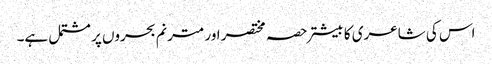
اس کی شاعری کا بیشتر حصہ مختصر اور مترنم بحروں پر مشتمل ہے۔